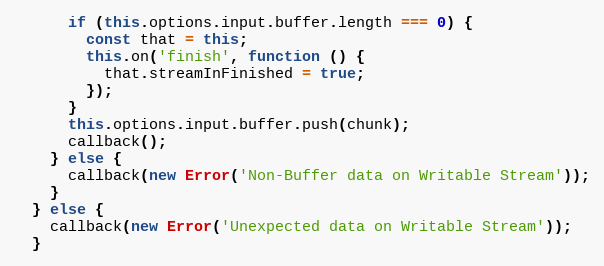
Language: JavaScript
      if (this.options.input.buffer.length === 0) {
        const that = this;
        this.on('finish', function () {
          that.streamInFinished = true;
        });
      }
      this.options.input.buffer.push(chunk);
      callback();
    } else {
      callback(new Error('Non-Buffer data on Writable Stream'));
    }
  } else {
    callback(new Error('Unexpected data on Writable Stream'));
  }